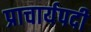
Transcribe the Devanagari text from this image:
प्राचार्यपदी